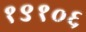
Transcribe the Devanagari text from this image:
१९१०६